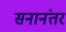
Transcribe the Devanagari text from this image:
सनानंतर